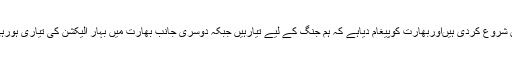
چین نے اب اپنی پاورشوکی ہے اوراس کی فوج اورائیرفورس نے مشقیں شروع کردی ہیںاوربھارت کوپیغام دیاہے کہ ہم جنگ کے لیے تیارہیں جبکہ دوسری جانب بھارت میں بہار الیکشن کی تیاری ہورہی ہے اور بھارتی سیاستدان ایک دوسرے پرتنقید کے نشتر چلا رہے ہیں۔